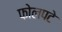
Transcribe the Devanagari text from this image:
फोलपटे